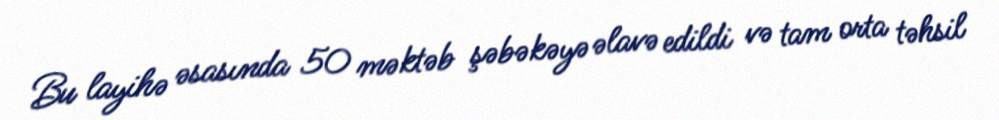
Bu layihə əsasında 50 məktəb şəbəkəyə əlavə edildi və tam orta təhsil